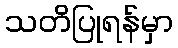
သတိပြုရန်မှာ